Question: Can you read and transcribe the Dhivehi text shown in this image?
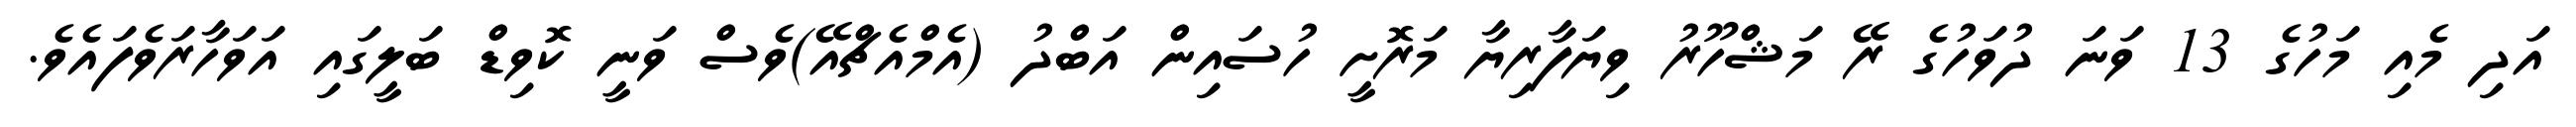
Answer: އަދި މެއި މަހުގެ 13 ވަނަ ދުވަހުގެ ރޭ މަޝްހޫރު ވިޔަފާރިޔާ މަރޮށީ ހުސައިން އަބްދު (އެމްއެޗްއޭ)ވެސް ވަނީ ކޮވިޑް ބަލީގައި އަވަހާރަވެފައެވެ.